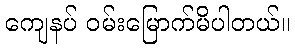
ကျေနပ် ဝမ်းမြောက်မိပါတယ်။